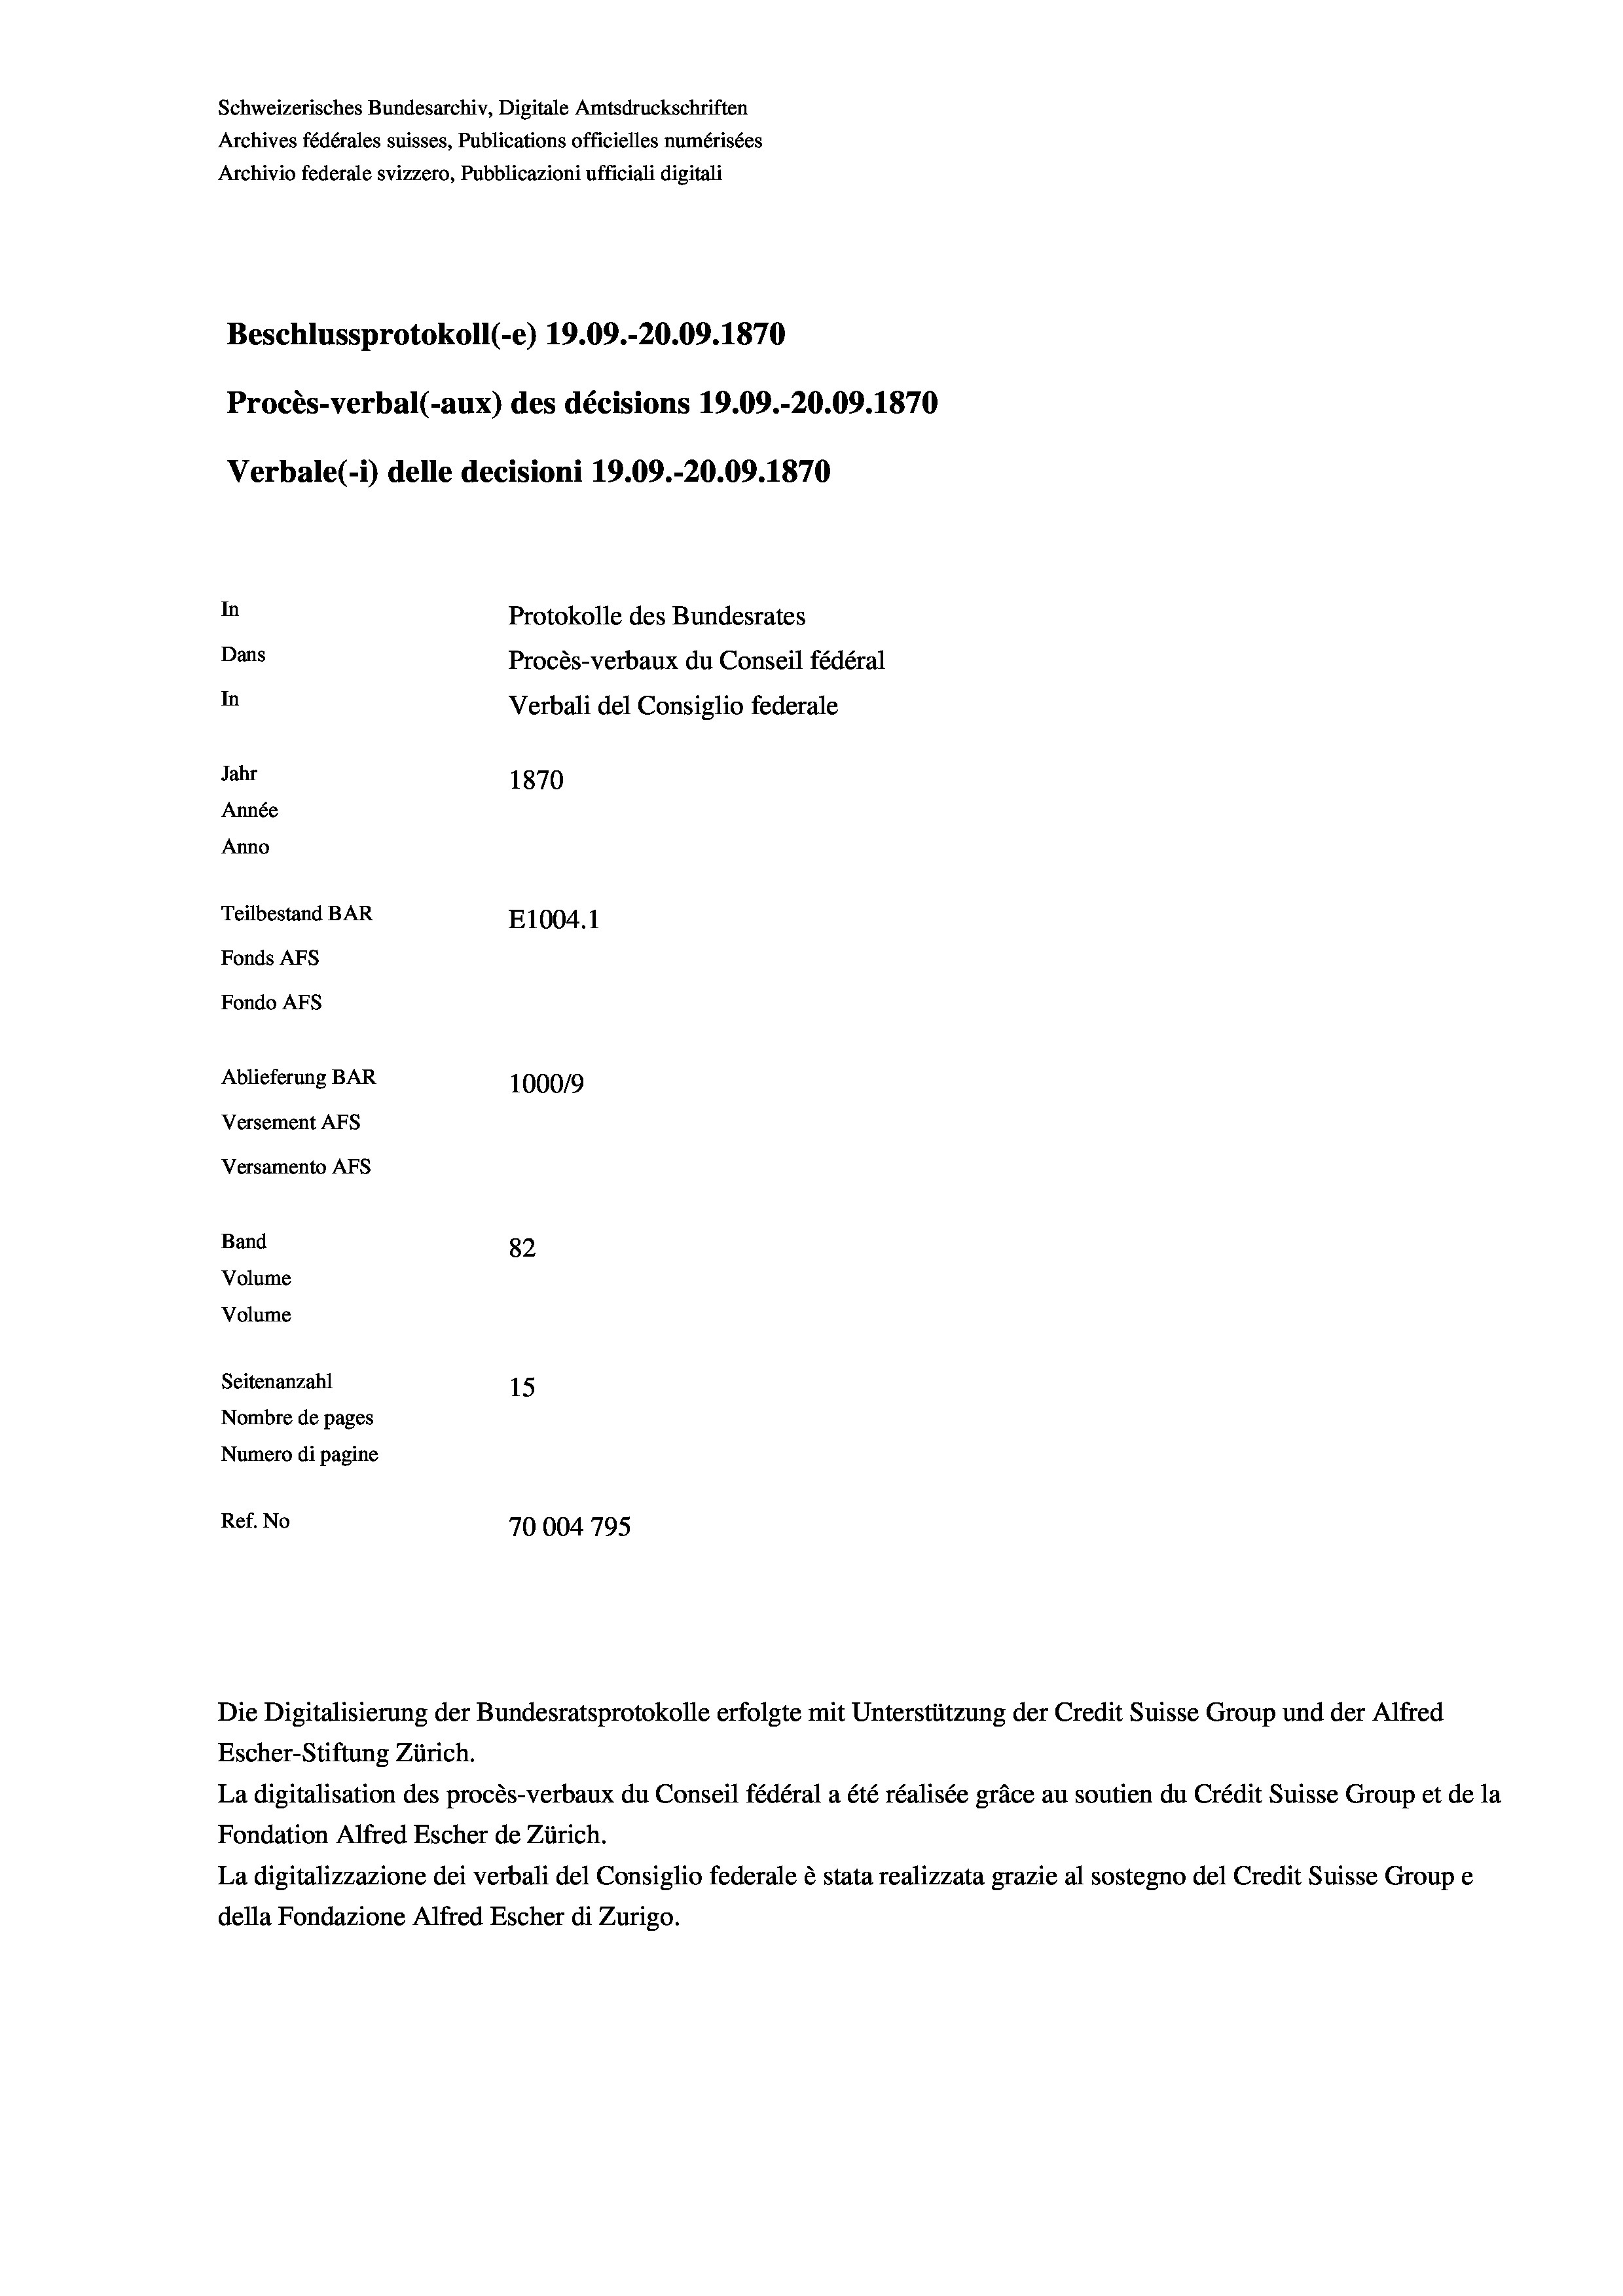
Schweizerisches Bundesarchiv, Digitale Amtsdruckschriften
Archives fédérales suisses, Publications officielles numérisées
Archivio federale svizzero, Pubblicazioni ufficiali digitali
Beschlussprotokoll (-e) 19.09.-20.09. 1870
Procès-verbal (-aux) des décisions 19.09.-20.09. 1870
Verbale(*) delle decisioni 19.09.-20.09. 1870
In
Protokolle des Bundesrates
Dans
Procès-verbaux du Conseil fédéral
In
Verbali del Consiglio federale
Jahr
1870
Année
Anno
Teilbestand BAR
E1004.1
Fonds AFs
Fondo AFS
Ablieferung BAR
100019
Versement AFs
Versamento AFs
Band
82
Volume
Volume
Seitenanzahl
15
Nombre de pages
Numero di pagine
Ref. No
70004 795

Escher-Stiftung Zürich.
La digitalisation des procès-verbaux du Conseil fédéral a été réalisée gräce au soutien du Crédit Suisse Group et de la
Fondation Alfred Escher de Zürich.
La digitalizzazione dei verbali del Consiglio federale è stata realizzata grazie al sostegno del Credit Suisse Groupe
della Fondazione Alfred Escher di Zurigo.

Die Digitalisierung der Bundesratsprotokolle erfolgte mit Unterstützung der Credit Suisse Group und der Alfred